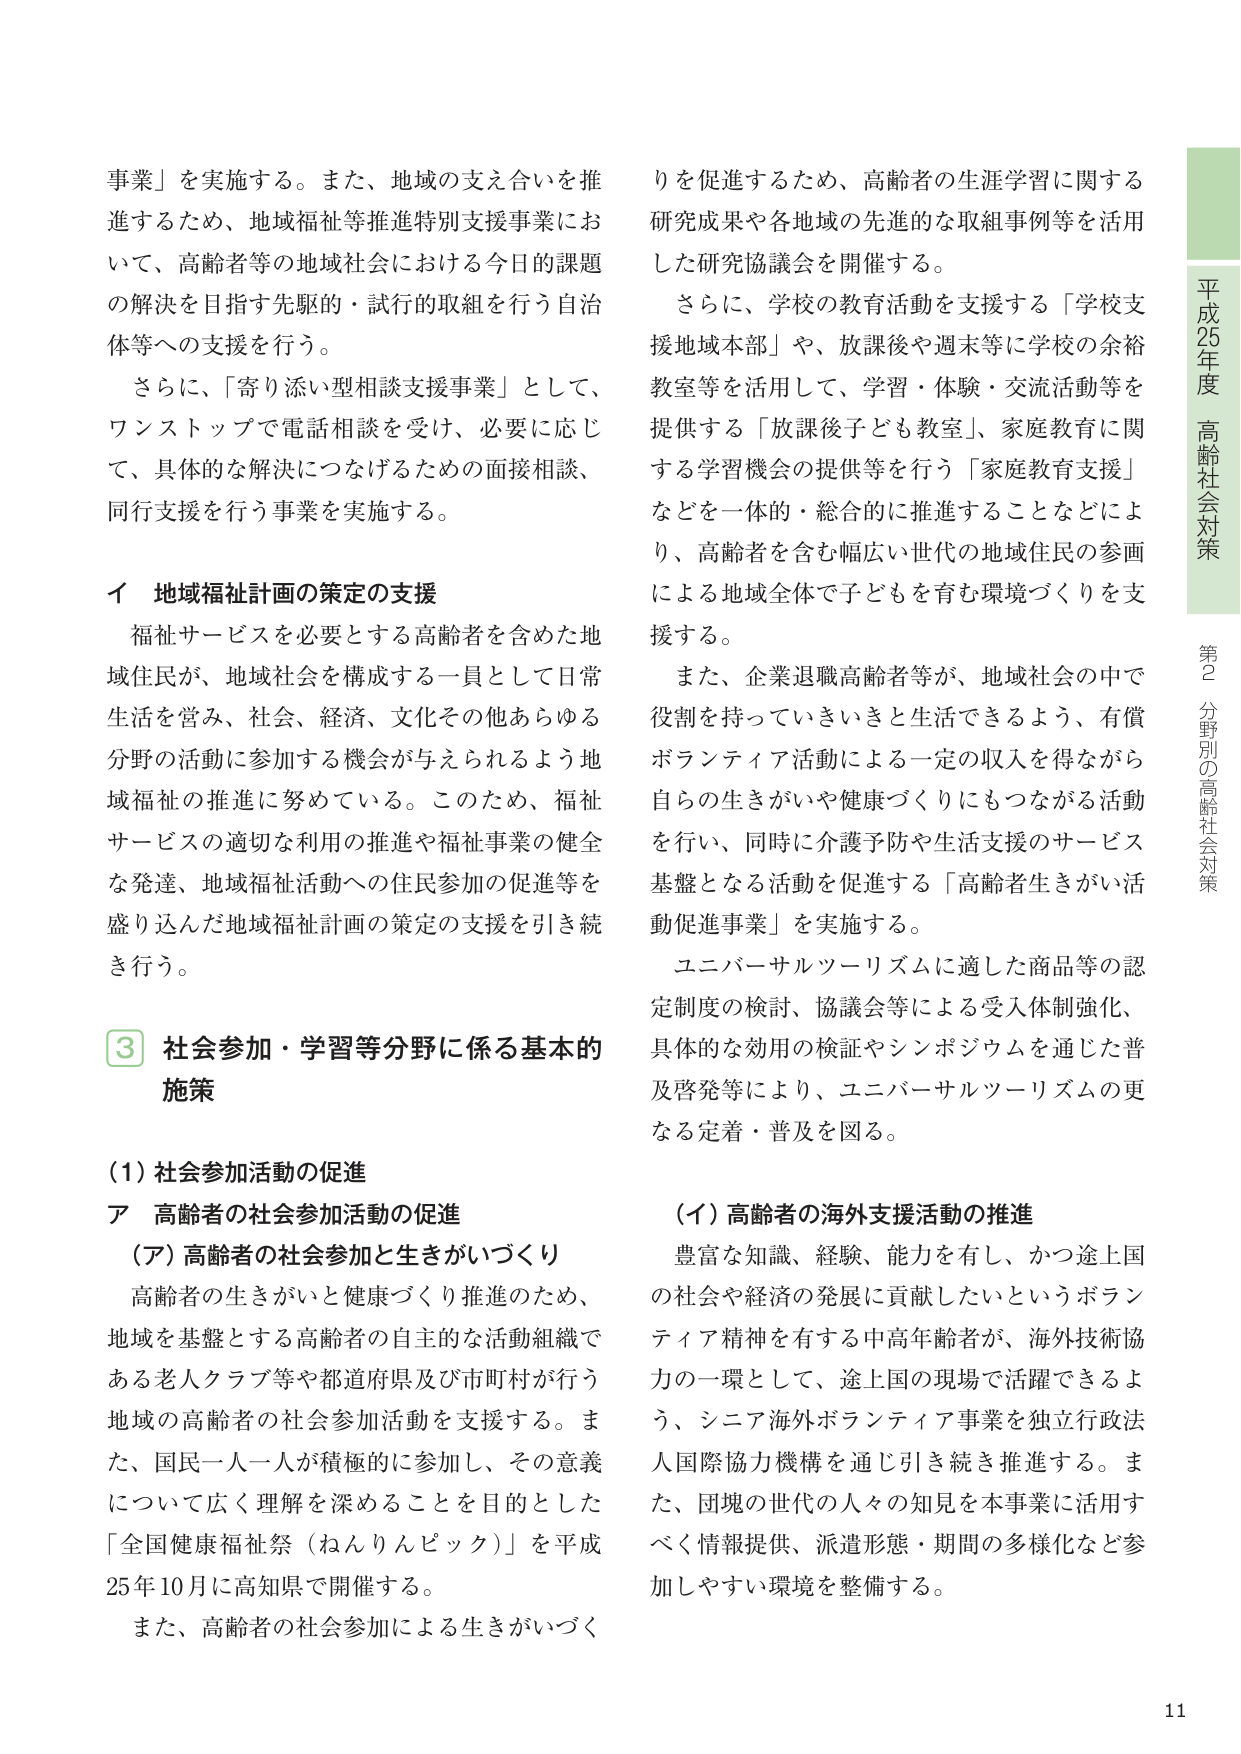
事業」を実施する。また、地域の支え合いを推進するため、地域福祉等推進特別支援事業において、高齢者等の地域社会における今日の課題の解決を目指す先駆的・試行的取組を行う自治体等への支援を行う。

さらに、「寄り添い型相談支援事業」として、ワンストップで電話相談を受け、必要に応じて、具体的な解決につなげるための面接相談、同行支援を行う事業を実施する。

イ 地域福祉計画の策定の支援

福祉サービスを必要とする高齢者を含めた地域住民が、地域社会を構成する一員として日常生活を営み、社会、経済、文化その他あらゆる分野の活動に参加する機会が与えられるよう地域福祉の推進に努めている。このため、福祉サービスの適切な利用の推進や福祉事業の健全な発達、地域福祉活動への住民参加の促進等を盛り込んだ地域福祉計画の策定の支援を引き続き行う。

③ 社会参加・学習等分野に係る基本的施策

（1）社会参加活動の促進

ア 高齢者の社会参加活動の促進

（ア）高齢者の社会参加と生きがいづくり

高齢者の生きがいと健康づくり推進のため、地域を基盤とする高齢者の自主的な活動組織である老人クラブ等や都道府県及び市町村が行う地域の高齢者の社会参加活動を支援する。また、国民一人一人が積極的に参加し、その意義について広く理解を深めることを目的とした「全国健康福祉祭（ねんりんピック）」を平成25年10月に高知県で開催する。

また、高齢者の社会参加による生きがいづくりを促進するため、高齢者の生涯学習に関する研究成果や各地域の先進的な取組事例等を活用した研究協議会を開催する。

さらに、学校の教育活動を支援する「学校支援地域本部」や、放課後や週末等に学校の余裕教室等を活用して、学習・体験・交流活動等を提供する「放課後子ども教室」、家庭教育に関する学習機会の提供等を行う「家庭教育支援」などを一体的・総合的に推進することなどにより、高齢者を含む幅広い世代の地域住民の参画による地域全体で子どもを育む環境づくりを支援する。

また、企業退職高齢者等が、地域社会の中で役割を持っていきいきと生活できるよう、有償ボランティア活動による一定の収入を得ながら自らの生きがいや健康づくりにもつながる活動を行い、同時に介護予防や生活支援のサービス基盤となる活動を促進する「高齢者生きがい活動促進事業」を実施する。

ユニバーサルツーリズムに適した商品等の認定制度の検討、協議会等による受入体制強化、具体的な効用の検証やシンポジウムを通じた普及啓発等により、ユニバーサルツーリズムの更なる定着・普及を図る。

（イ）高齢者の海外支援活動の推進

豊富な知識、経験、能力を有し、かつ途上国の社会や経済の発展に貢献したいというボランティア精神を有する中高年齢者が、海外技術協力の一環として、途上国の現場で活躍できるよう、シニア海外ボランティア事業を独立行政法人国際協力機構を通じ引き続き推進する。また、団塊の世代の人々の知見を本事業に活用すべく情報提供、派遣形態・期間の多様化など参加しやすい環境を整備する。

平成25年度 高齢社会対策
第2分野別の高齢社会対策
11